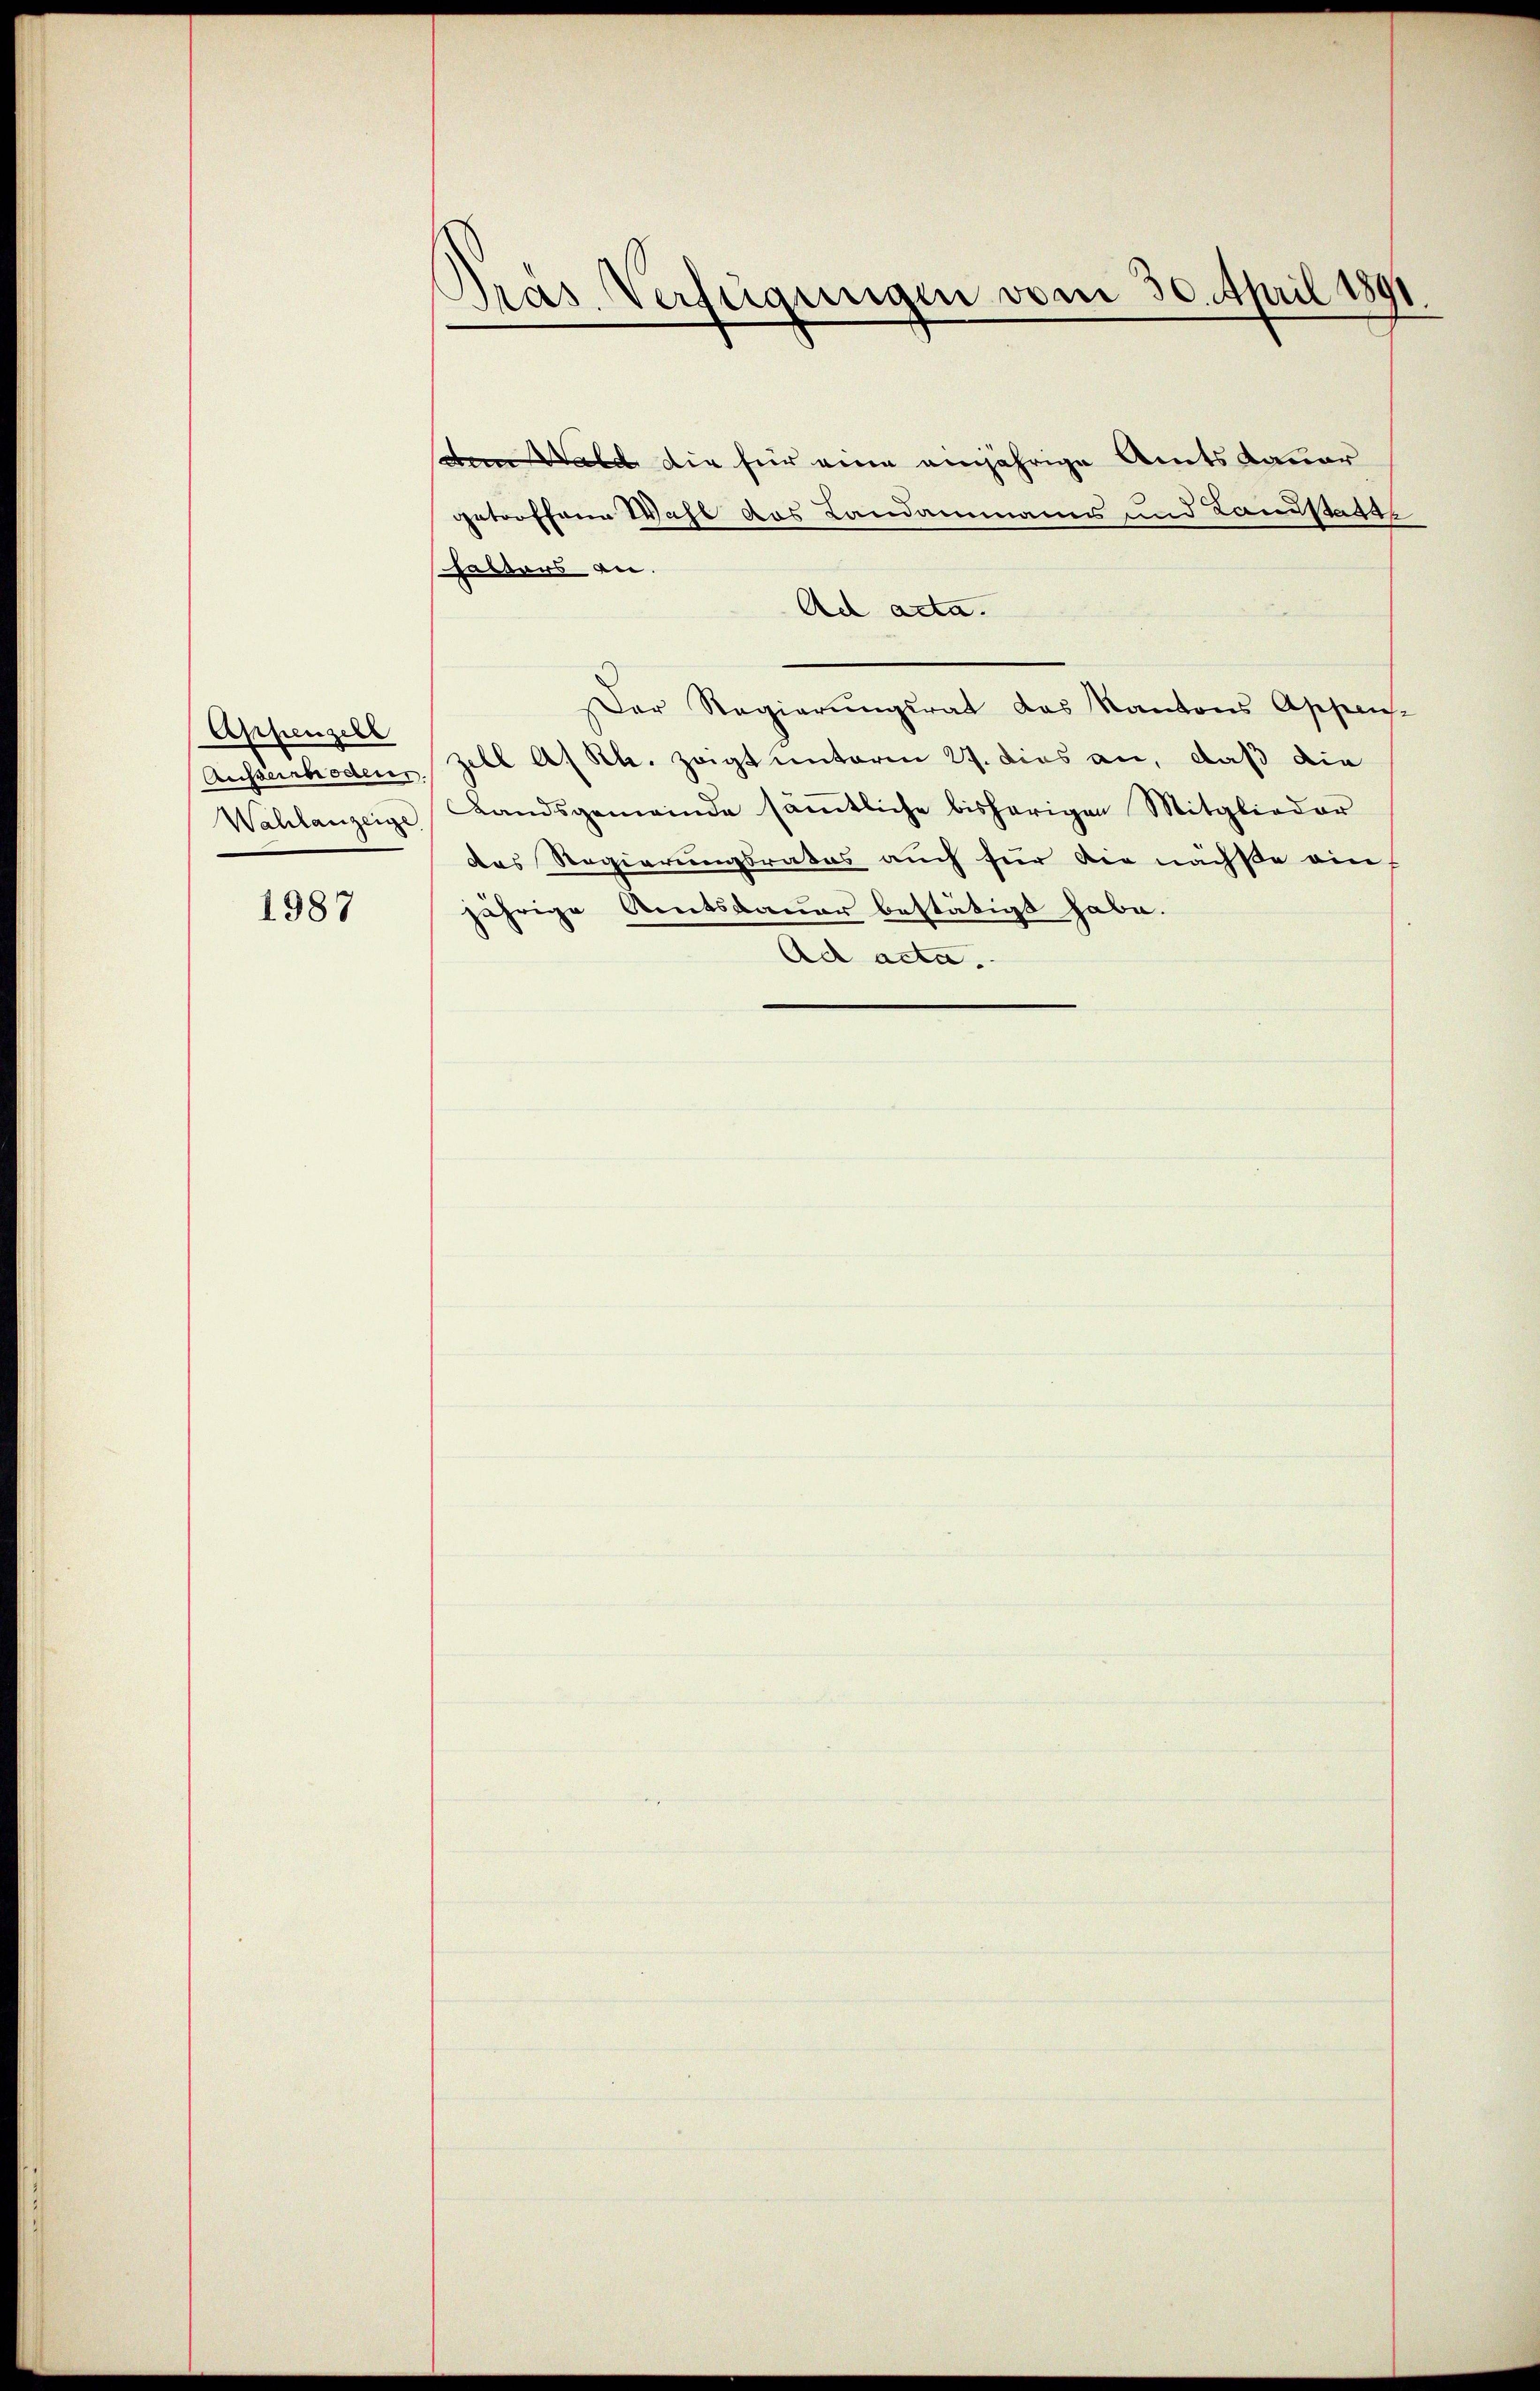
1987

dem Wald die für eine einjährige Amtsdauer
getroffene Wahl des Landammanns und Landstatte
halters an.
Ad acta.
Der Regierungsrat das Kantons Appen-
Ausserrhoden, Zell A. Rh. zeigt unterm 27. dies an, daß die
Wahlanzeige Landsgemeinde säṁtliche bisherigen Mitglieder
das Regierungsrates auch für die nächste ein
jährige Amtsdauer bestätigt habe.
Ad acta.

Appenzell

Pras Verfügungen vom 30. April 1891